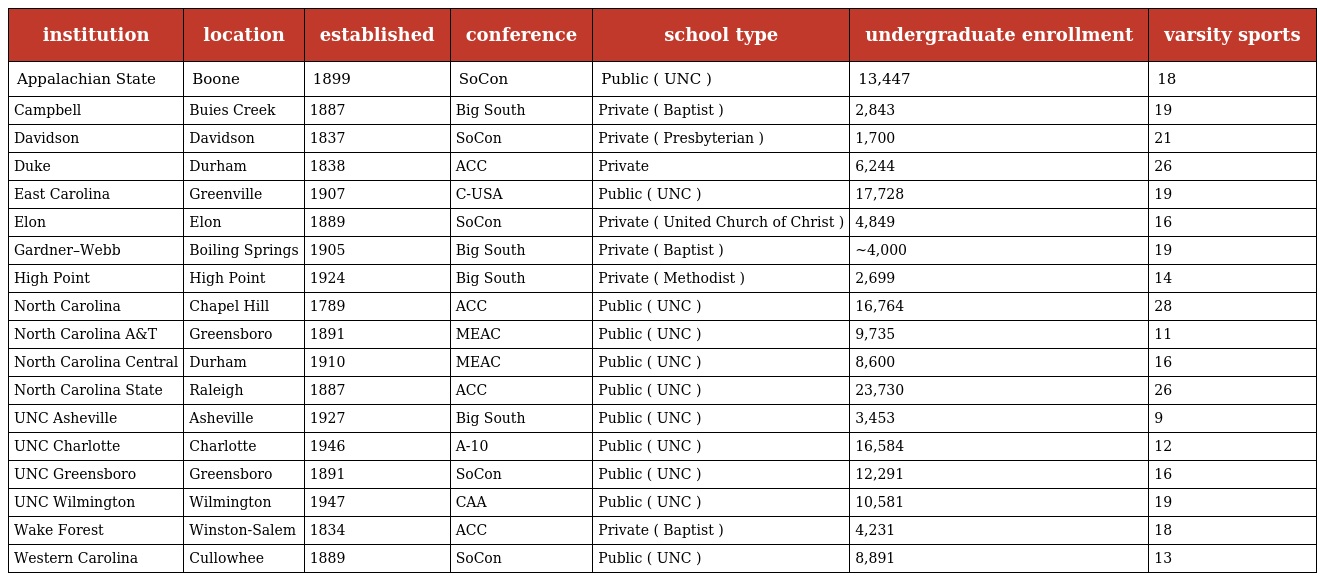
| institution | location | established | conference | school type | undergraduate enrollment | varsity sports |
 | --- | --- | --- | --- | --- | --- | --- |
 | Appalachian State | Boone | 1899 | SoCon | Public ( UNC ) | 13,447 | 18 |
 | Campbell | Buies Creek | 1887 | Big South | Private ( Baptist ) | 2,843 | 19 |
 | Davidson | Davidson | 1837 | SoCon | Private ( Presbyterian ) | 1,700 | 21 |
 | Duke | Durham | 1838 | ACC | Private | 6,244 | 26 |
 | East Carolina | Greenville | 1907 | C-USA | Public ( UNC ) | 17,728 | 19 |
 | Elon | Elon | 1889 | SoCon | Private ( United Church of Christ ) | 4,849 | 16 |
 | Gardner–Webb | Boiling Springs | 1905 | Big South | Private ( Baptist ) | ~4,000 | 19 |
 | High Point | High Point | 1924 | Big South | Private ( Methodist ) | 2,699 | 14 |
 | North Carolina | Chapel Hill | 1789 | ACC | Public ( UNC ) | 16,764 | 28 |
 | North Carolina A&T | Greensboro | 1891 | MEAC | Public ( UNC ) | 9,735 | 11 |
 | North Carolina Central | Durham | 1910 | MEAC | Public ( UNC ) | 8,600 | 16 |
 | North Carolina State | Raleigh | 1887 | ACC | Public ( UNC ) | 23,730 | 26 |
 | UNC Asheville | Asheville | 1927 | Big South | Public ( UNC ) | 3,453 | 9 |
 | UNC Charlotte | Charlotte | 1946 | A-10 | Public ( UNC ) | 16,584 | 12 |
 | UNC Greensboro | Greensboro | 1891 | SoCon | Public ( UNC ) | 12,291 | 16 |
 | UNC Wilmington | Wilmington | 1947 | CAA | Public ( UNC ) | 10,581 | 19 |
 | Wake Forest | Winston-Salem | 1834 | ACC | Private ( Baptist ) | 4,231 | 18 |
 | Western Carolina | Cullowhee | 1889 | SoCon | Public ( UNC ) | 8,891 | 13 |